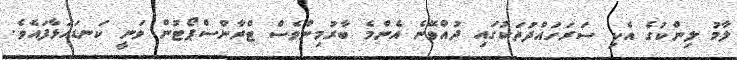
ލާމު ލިންކުގެ އެކި ސަރަހައްދުތަކުގައި ދުއްވޭނެ އެންމެ ބާރުމިންވެސް ޓްރާންސްޕޯޓުން ވަނީ ކަނޑައަޅާފައެވެ.